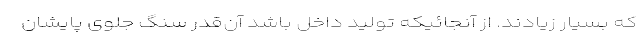
که بسیار زیادند. از آنجائیکه تولید داخل باشد آن‌قدر سنگ جلوی پایشان